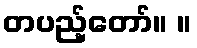
တပည့်တော်။ ။